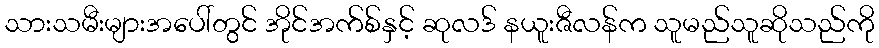
သားသမီးများအပေါ်တွင် အိုင်အက်စ်နှင့် ဆုလဒ် နယူးဇီလန်က သူမည်သူဆိုသည်ကို